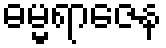
ဓမ္မရာဇေန